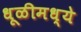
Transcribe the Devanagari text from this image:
धूळीमध्ये